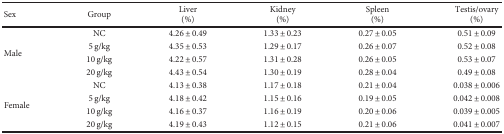
| <ROWSPAN=2> Sex | <ROWSPAN=2> Group | Liver | Kidney | Spleen | Testis/ovary |
 | (%) | (%) | (%) | (%) |
 | --- | --- | --- | --- | --- | --- |
 | <ROWSPAN=4> Male | NC | 4.26 ± 0.49 | 1.33 ± 0.23 | 0.27 ± 0.05 | 0.51 ± 0.09 |
 | 5 g/kg | 4.35 ± 0.53 | 1.29 ± 0.17 | 0.26 ± 0.07 | 0.52 ± 0.08 |
 | 10 g/kg | 4.22 ± 0.57 | 1.31 ± 0.28 | 0.26 ± 0.05 | 0.53 ± 0.07 |
 | 20 g/kg | 4.43 ± 0.54 | 1.30 ± 0.19 | 0.28 ± 0.04 | 0.49 ± 0.08 |
 | <ROWSPAN=4> Female | NC | 4.13 ± 0.38 | 1.17 ± 0.18 | 0.21 ± 0.04 | 0.038 ± 0.006 |
 | 5 g/kg | 4.18 ± 0.42 | 1.15 ± 0.16 | 0.19 ± 0.05 | 0.042 ± 0.008 |
 | 10 g/kg | 4.16 ± 0.37 | 1.16 ± 0.19 | 0.20 ± 0.06 | 0.039 ± 0.005 |
 | 20 g/kg | 4.19 ± 0.43 | 1.12 ± 0.15 | 0.21 ± 0.06 | 0.041 ± 0.007 |